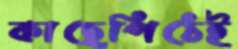
কাছেপিঠেই